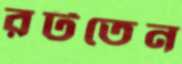
রটতেন